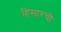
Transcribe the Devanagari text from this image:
हिसारची